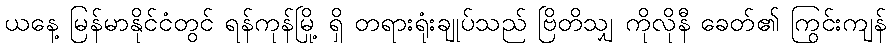
ယနေ့ မြန်မာနိုင်ငံတွင် ရန်ကုန်မြို့ ရှိ တရားရုံးချုပ်သည် ဗြိတိသျှ ကိုလိုနီ ခေတ်၏ ကြွင်းကျန်